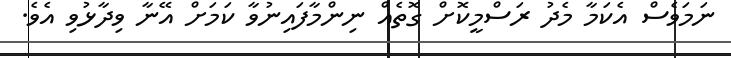
ނަމަވެސް އެކަމާ މެދު ރަސްމީކޮށް ގޮތެއް ނިންމާފައިނުވާ ކަމަށް އޭނާ ވިދާޅުވި އެވެ.